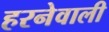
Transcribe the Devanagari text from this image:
हरनेवाली